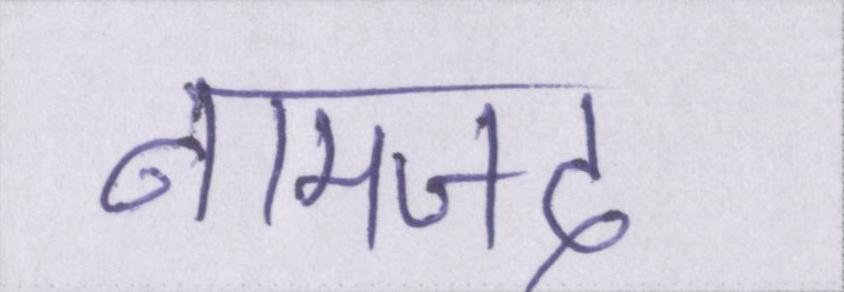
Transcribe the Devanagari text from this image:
नामजद